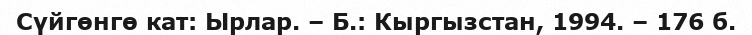
Сүйгөнгө кат: Ырлар. – Б.: Кыргызстан, 1994. – 176 б.